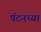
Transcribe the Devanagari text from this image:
पॅटनच्या